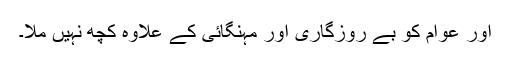
اور عوام کو بے روزگاری اور مہنگائی کے علاوہ کچھ نہیں ملا۔